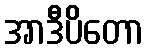
အာဒီပိတော